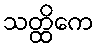
သတ္ထိကေ